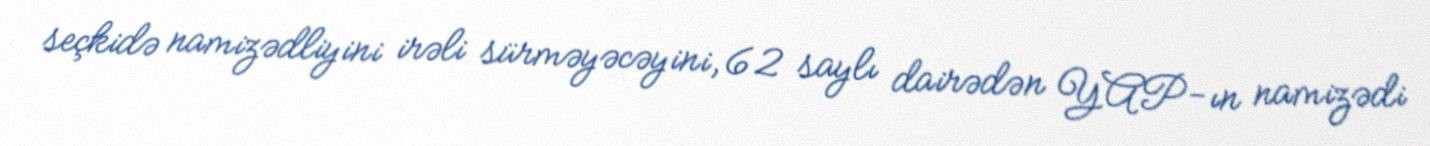
seçkidə namizədliyini irəli sürməyəcəyini, 62 saylı dairədən YAP-ın namizədi